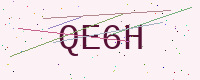
Text: QE6H